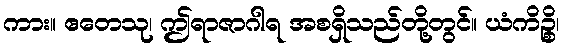
ကား။ ဧတေသု၊ ဤရာဇာဂါရ အစရှိသည်တို့တွင်။ ယံကိဉ္စိ၊